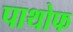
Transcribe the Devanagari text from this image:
पाथोफ